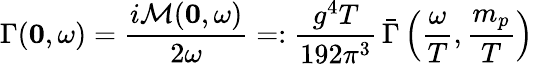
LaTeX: \Gamma({\mathbf 0},\omega)=\frac{i{\cal M}({\mathbf 0},\omega)}{2\omega}=:\frac{g^{4}T}{192\pi^{3}}\, {\bar{\Gamma}}\left(\frac{\omega}{T},\frac{m_{p}}{T}\right)